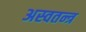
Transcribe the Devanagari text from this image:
अस्वतन्त्र